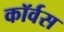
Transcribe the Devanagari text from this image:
कॉर्वस